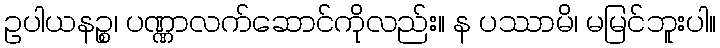
ဥပါယနဉ္စ၊ ပဏ္ဏာလက်ဆောင်ကိုလည်း။ န ပဿာမိ၊ မမြင်ဘူးပါ။